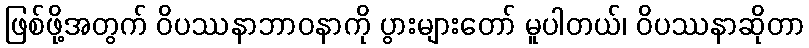
ဖြစ်ဖို့အတွက် ဝိပဿနာဘာဝနာကို ပွားများတော် မူပါတယ်၊ ဝိပဿနာဆိုတာ